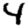
Digit: 4